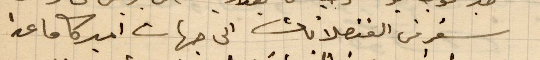
سفر من القنصلات الى جهات اميركا ما عدا